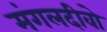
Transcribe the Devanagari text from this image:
मंगलदीवो